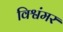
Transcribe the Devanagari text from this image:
विश्वंमर